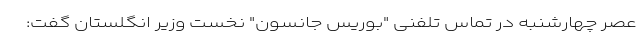
عصر چهارشنبه در تماس تلفنی "بوریس جانسون" نخست وزیر انگلستان گفت: